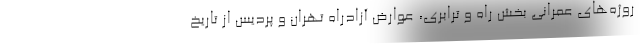
روژه‌های عمرانی بخش راه و ترابری، عوارض آزادراه تهران و پردیس از تاریخ